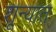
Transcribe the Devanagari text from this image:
शून्यात